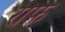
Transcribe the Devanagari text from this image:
रोफ